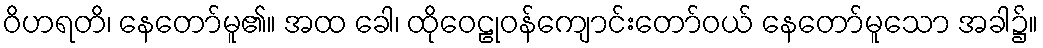
ဝိဟရတိ၊ နေတော်မူ၏။ အထ ခေါ၊ ထိုဝေဠုဝန်ကျောင်းတော်ဝယ် နေတော်မူသော အခါ၌။